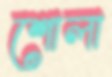
শোলা